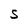
Character: S